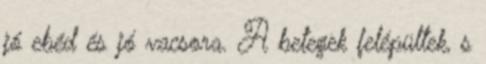
jó ebéd és jó vacsora. A betegek felépültek, s